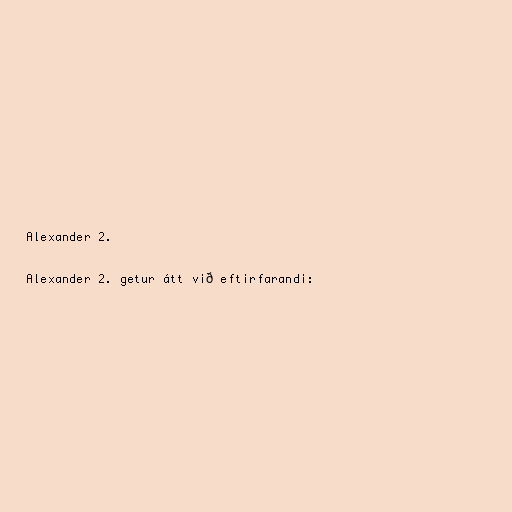
Alexander 2.

Alexander 2. getur átt við eftirfarandi: